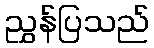
ညွှန်ပြသည်